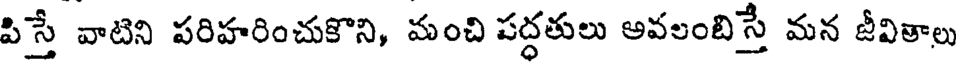
పిస్తే వాటిని పరిహరించుకొని, మంచి పద్ధతులు అవలంబిస్తే మన జీవితాలు